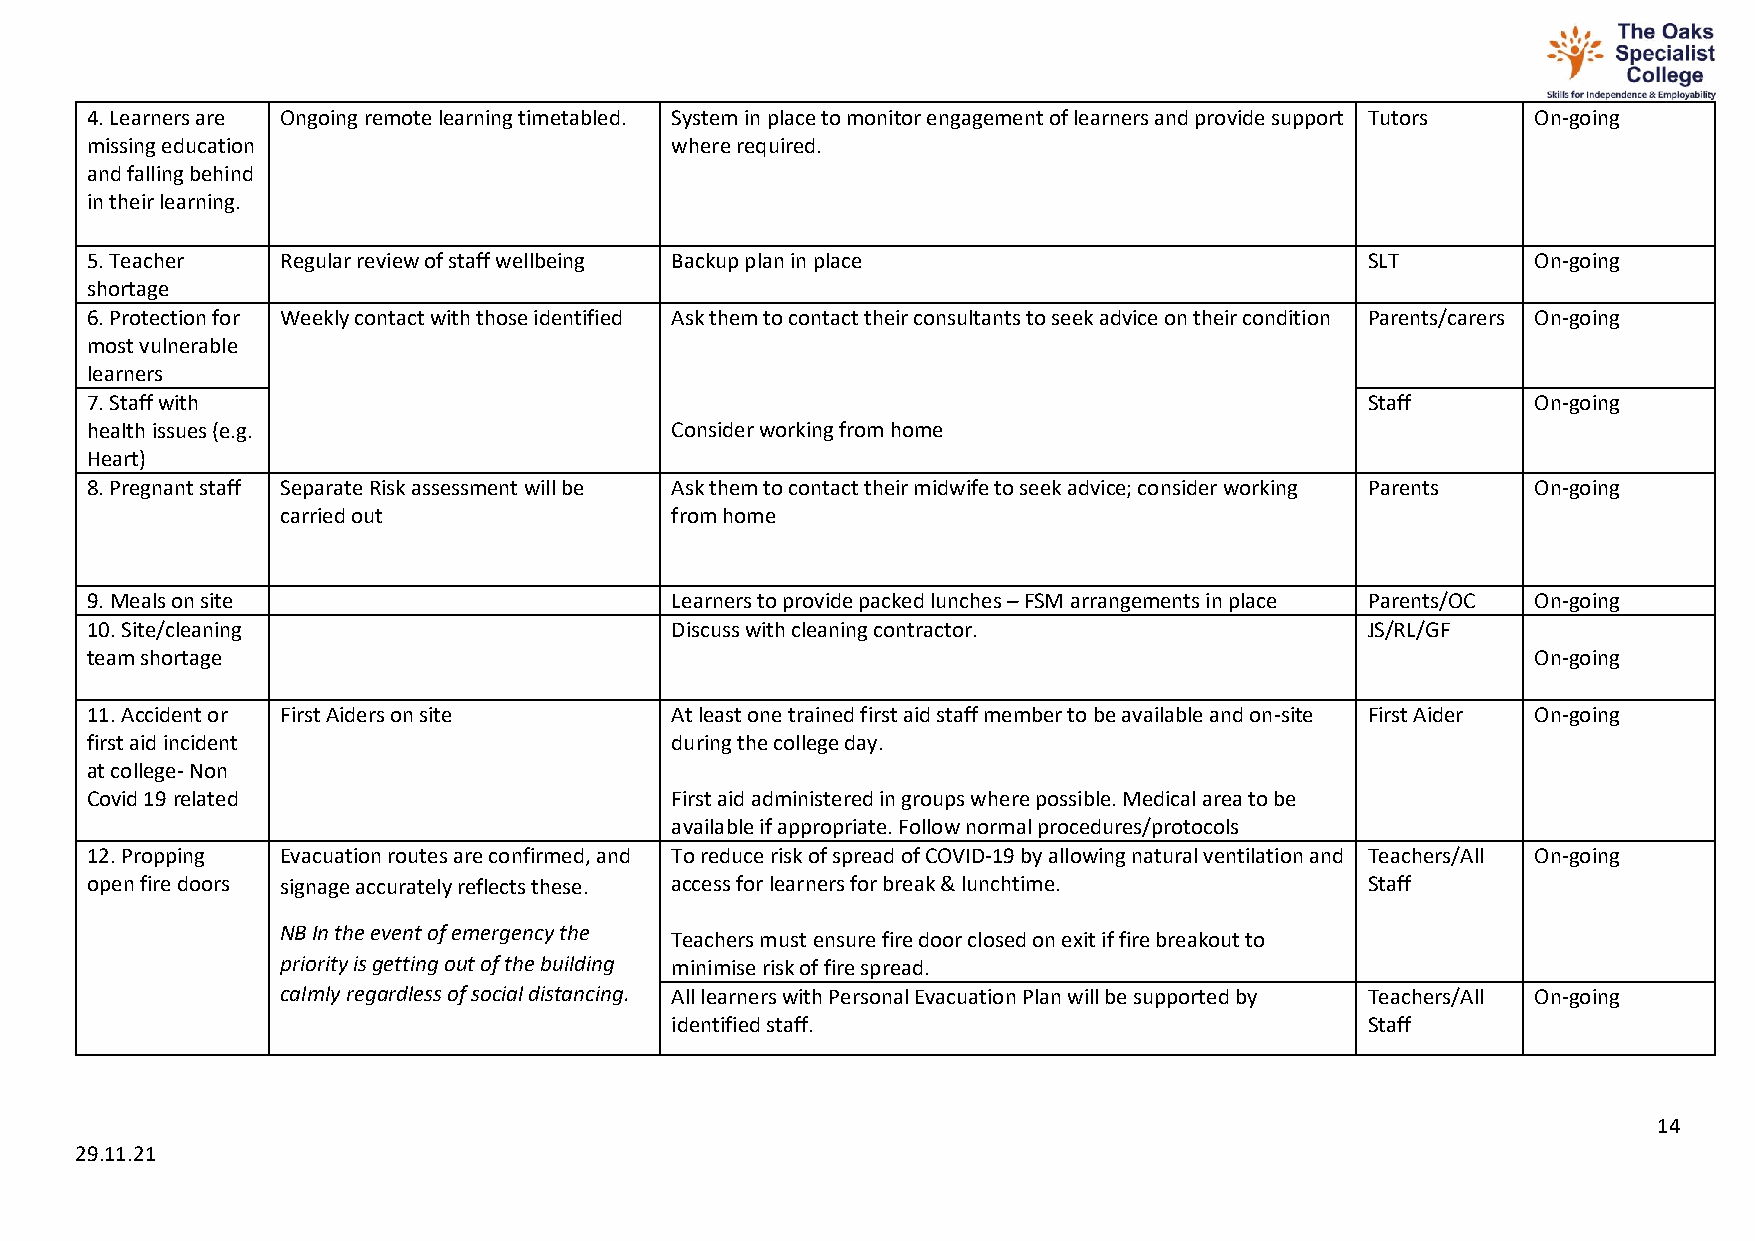
4. Learners are Ongoing remote learning timetabled. System in place to monitor engagement of learners and provide support Tutors On-going
 missing education                     where required.
 and falling behind
 in their learning.
 5. Teacher   Regular review of staff wellbeing Backup plan in place                  SLT        On-going
 shortage
 6. Protection for Weekly contact with those identified Ask them to contact their consultants to seek advice on their condition Parents/carers On-going
 most vulnerable
 learners
 7. Staff with                                                                        Staff      On-going
 health issues (e.g.                   Consider working from home
 Heart)
 8. Pregnant staff Separate Risk assessment will be Ask them to contact their midwife to seek advice; consider working Parents On-going
 carried out              from home
 9. Meals on site                      Learners to provide packed lunches – FSM arrangements in place Parents/OC On-going
 10. Site/cleaning                     Discuss with cleaning contractor.              JS/RL/GF
 team shortage                                                                                   On-going
 11. Accident or First Aiders on site  At least one trained first aid staff member to be available and on-site First Aider On-going
 first aid incident                    during the college day.
 at college- Non
 Covid 19 related                      First aid administered in groups where possible. Medical area to be
 available if appropriate. Follow normal procedures/protocols
 12. Propping Evacuation routes are confirmed, and To reduce risk of spread of COVID-19 by allowing natural ventilation and Teachers/All On-going
 open fire doors signage accurately reflects these. access for learners for break & lunchtime. Staff
 NB In the event of emergency the
 Teachers must ensure fire door closed on exit if fire breakout to
 priority is getting out of the building minimise risk of fire spread.
 calmly regardless of social distancing. All learners with Personal Evacuation Plan will be supported by Teachers/All On-going
 identified staff.                              Staff
 14
 29.11.21